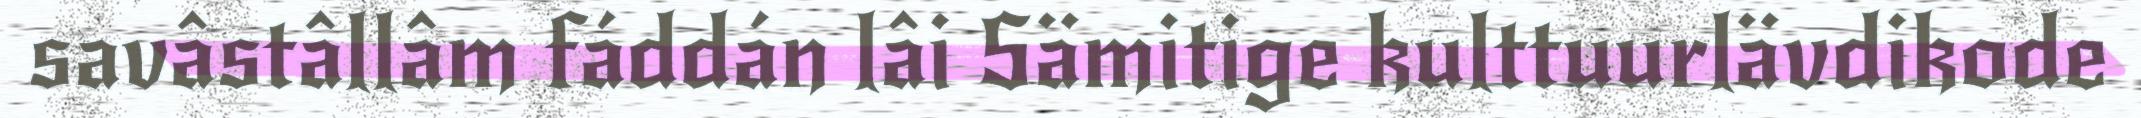
savâstâllâm fáddán lâi Sämitige kulttuurlävdikode